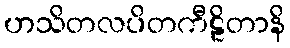
ဟသိတလပိတကီဠိတာနိ